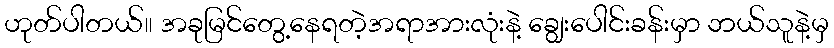
ဟုတ်ပါတယ်၊၊ အခုမြင်တွေ့နေရတဲ့အရာအားလုံးနဲ့ ချွေးပေါင်းခန်းမှာ ဘယ်သူနဲ့မှ